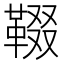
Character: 𩋁